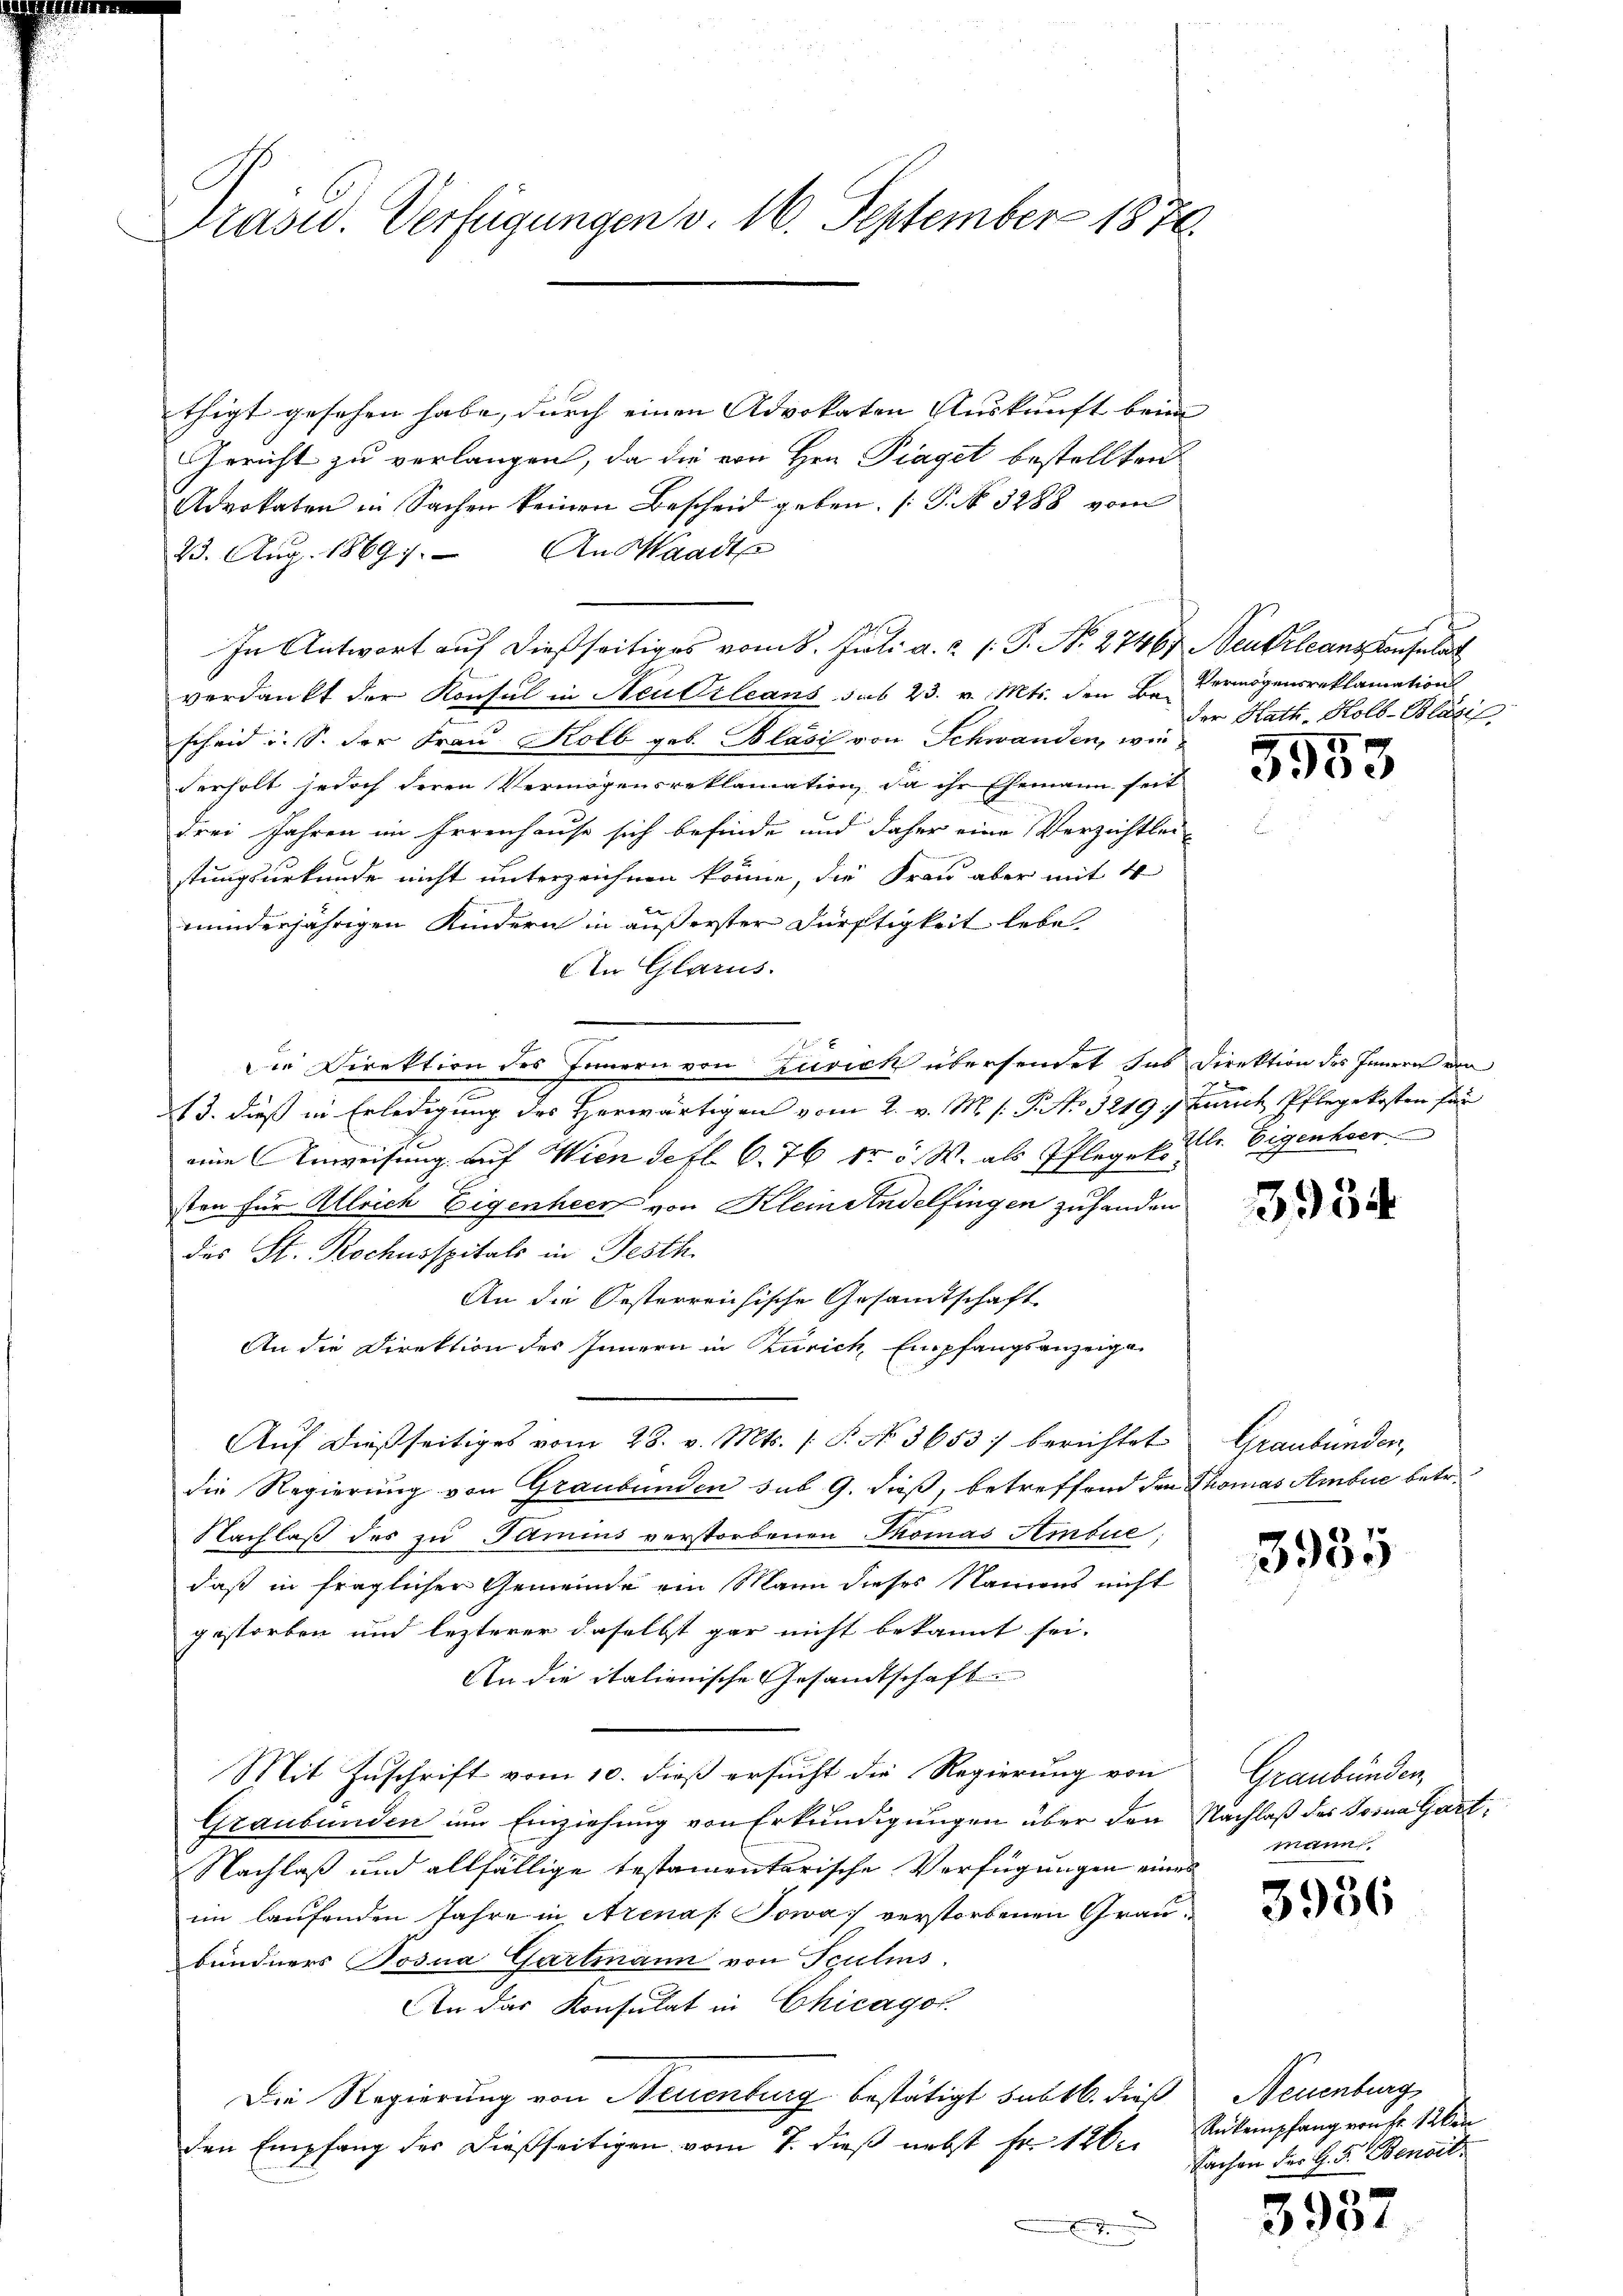
Präsid. Verfügungen v. 16. September 1870.

thigt gesehen habe, durch einen Advokaten Auskunft beim
Gericht zu verlangen, da die von Hrn. Piaget bestellten
Advokaten in Sachen keinen Bescheid geben. (T. N. 3288 vom
23. Aug. 18697. An Waadt
In Antwort auf dießseitiges vom 8. Juli a.c. s. S. No. 27467 Neukrleansponsulat
verdankt der Konsul in Neudrleans sub 23. v. Mts. den Bascheid u. s. der Frau Kolb geb. Blasi von Schwanden, wie
derholt jedoch deren Vermögensreklamation, da ihr Ehemann seit
drei Jahren im Irrenhause sich befinde und daher eine Verzichtleistungsurkunde nicht unterzeichnen könne, die Frau aber mit 4
minderjährigen Kindern in außerster Dürftigkeit lebe,
Ain Glarus.

Die Direktion des Innern von Zusick übersendet das Direktion des Innern von
13. dieß in Erledigung des Herwärtigen vom 2. v. M. s. P. No. 3219, Zürich Pflegekosten für
eine Anweisung auf Wien defl. 6. 76 dr 5. W. als Pflegek. l. Eigenher
ten für Alleich Eigenheer von Kleinsendelfingen zuhanden
des St. Rochusspitals in Festh
An die Oesterreichische Gesandtschaft
An die Direktion des Innern in Zürich, Empfangsanzeige
Auf dießseitiges vom 28. v. Mts. (T. No 3653) berichtet
die Regierung von Graubünden sub 9. dieß, betreffend den Thomas Ambue betr.
Nachlaß des zu Famius verstorbenen Thomas Ambue;
daß in fraglicher Gemeinde ein Mann dieses Namens nicht
gestorben und lezterer daselbst gar nicht bekannt sei.
An die italienische Gesandtschaft
Mit Zuschrift vom 10. dieß ersucht die Regierung von
Graubünden um Einziehung von Erkundigungen über den Nachlaß des Toina Gart¬
Nachlaß und allfällige testamentarische Verfügungen eines
im laufenden Jahre in Arenas. Sowa verstorbenen Graubündners Tosna Gartmann von Sculins.
An das Konsulat in Chicagot.
Die Regierung von Neuenburg bestätigt sub 16. dieß
den Empfang der dießseitigen vom 7. dieß nebst Fr. 126.
E

Vermögensreklamation
der Kath. Kolb-Blasi

15
300

3934

Graubünden,

3935

Graubünden,
Mitun

3956

Neuenburg
Rükempfang von fr. 12ten
Sachen der H. F. Benoit

3937